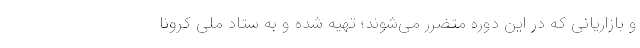
و بازاریانی که در این دوره متضرر می‌شوند؛ تهیه شده و به ستاد ملی کرونا